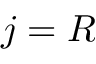
j = R